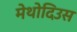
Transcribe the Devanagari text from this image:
मेथोदिउस